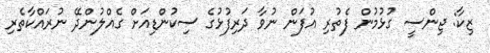
ޒިކާ: ޖިންސީ ގުޅުމުން ފެތުރި އުފަން ނުވާ ދަރިފުޅުގެ ސިކުންޑިއަށް ގެއްލުންދޭ ނުރައްކާތެރި